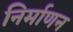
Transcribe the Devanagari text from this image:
निर्माणन